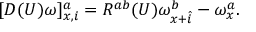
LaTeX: [ { \cal D } ( U ) \omega ] _ { x , i } ^ { a } = R ^ { a b } ( U ) \omega _ { x + \hat { i } } ^ { b } - \omega _ { x } ^ { a } .